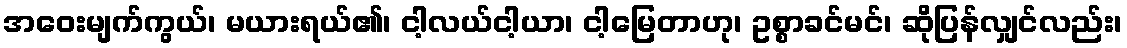
အဝေးမျက်ကွယ်၊ မယားရယ်၏၊ ငါ့လယ်ငါ့ယာ၊ ငါ့မြေတာဟု၊ ဥစ္စာခင်မင်၊ ဆိုပြန်လျှင်လည်း၊